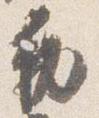
勅